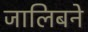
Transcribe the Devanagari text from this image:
जालिबने